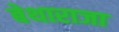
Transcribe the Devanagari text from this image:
बेथाराजा